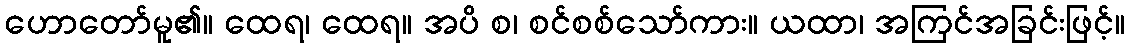
ဟောတော်မူ၏။ ထေရ၊ ထေရ။ အပိ စ၊ စင်စစ်သော်ကား။ ယထာ၊ အကြင်အခြင်းဖြင့်။